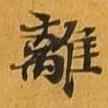
離